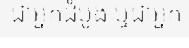
ជាអ្នកដំបូង ឬជាអ្នក